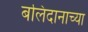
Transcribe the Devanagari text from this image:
बलिदानाच्या